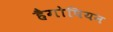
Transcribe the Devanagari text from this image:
हैगोपियन